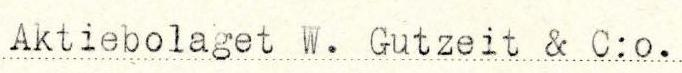
Aktiebolaget W. Gutzeit & C:o.